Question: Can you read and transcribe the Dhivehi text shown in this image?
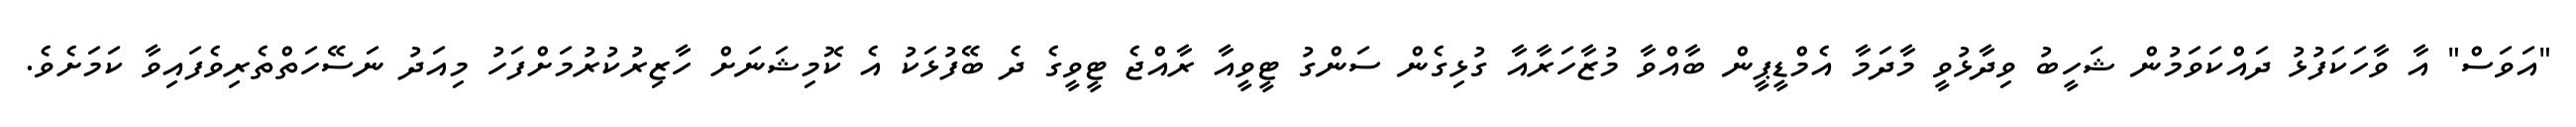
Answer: "އަވަސް" އާ ވާހަކަފުޅު ދައްކަވަމުން ޝަހީބު ވިދާޅުވީ މާދަމާ އެމްޑީޕީން ބާއްވާ މުޒާހަރާއާ ގުޅިގެން ސަންގު ޓީވީއާ ރާއްޖެ ޓީވީގެ ދެ ބޭފުޅަކު އެ ކޮމިޝަނަށް ހާޒިރުކުރުމަށްފަހު މިއަދު ނަސޭހަތްތެރިވެފައިވާ ކަމަށެވެ.